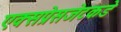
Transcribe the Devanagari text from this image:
एक्सप्रेसजेटकडे